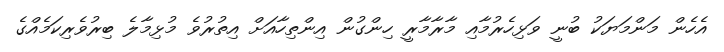
އެހެން މަންމަޔަކު ބުނީ ވަޅިހެރުމާއި މާރާމާރީ ހިންގުން އިންތިހާއަށް އިތުރުވެ މުޅިމާލެ ބިރުވެރިކަމެއްގެ